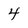
Character: 4